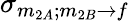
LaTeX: \sigma_{m_{2A};m_{2B}\rightarrow f}